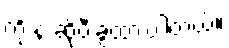
ကို နဲ့ ဆိုပီးခွဲထားပါတယ်။